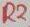
Text: R2